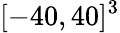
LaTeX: [-40,40]^{3}